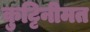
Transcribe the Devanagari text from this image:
कुट्टिनीमत